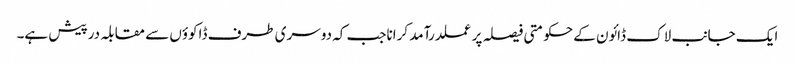
ایک جانب لاک ڈائون کے حکومتی فیصلہ پر عملدرآمد کراناجب کہ دوسری طرف ڈاکوؤں سے مقابلہ درپیش ہے۔